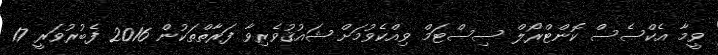
ވީމާ އެކްސެސް ކޮންޓްރޯލް ސިސްޓަމް ވިއްކެވުމަށް ޝައުޤުވެރިވާ ފަރާތްތަކުން 2016 ފެބުރުވަރީ 17